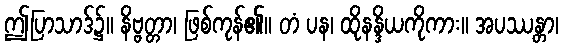
ဤပြာသာဒ်၌။ နိဗ္ဗတ္တာ၊ ဖြစ်ကုန်၏။ တံ ပန၊ ထိုနန္ဒိယကိုကား။ အပဿန္တာ၊